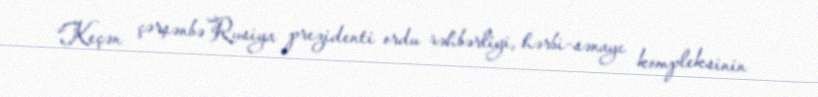
“Keçən çərşənbə Rusiya prezidenti ordu rəhbərliyi, hərbi-sənaye kompleksinin